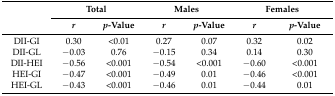
<table><thead><tr><td rowspan="2"></td><td colspan="2"><b>Total</b></td><td colspan="2"><b>Males</b></td><td colspan="2"><b>Females</b></td></tr><tr><td><b><i>r</i></b></td><td><b><i>p</i>-Value</b></td><td><b><i>r</i></b></td><td><b><i>p</i>-Value</b></td><td><b><i>r</i></b></td><td><b><i>p</i>-Value</b></td></tr></thead><tbody><tr><td>DII-GI</td><td>0.30</td><td>&lt;0.01</td><td>0.27</td><td>0.07</td><td>0.32</td><td>0.02</td></tr><tr><td>DII-GL</td><td>−0.03</td><td>0.76</td><td>−0.15</td><td>0.34</td><td>0.14</td><td>0.30</td></tr><tr><td>DII-HEI</td><td>−0.56</td><td>&lt;0.001</td><td>−0.54</td><td>&lt;0.001</td><td>−0.60</td><td>&lt;0.001</td></tr><tr><td>HEI-GI</td><td>−0.47</td><td>&lt;0.001</td><td>−0.49</td><td>0.01</td><td>−0.46</td><td>&lt;0.001</td></tr><tr><td>HEI-GL</td><td>−0.43</td><td>&lt;0.001</td><td>−0.46</td><td>0.01</td><td>−0.44</td><td>0.01</td></tr></tbody></table>